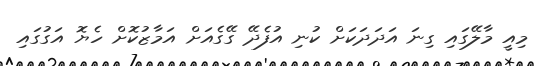
މިއީ މާލޭގައި ގިނަ އަދަދަކަށް ކުނި އުފެދޭ ގޭގެއަށް އަމާޒުކޮށް ހެޔޮ އަގުގައި